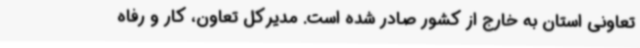
تعاونی استان به خارج از کشور صادر شده است. مدیرکل تعاون، کار و رفاه